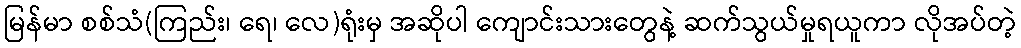
မြန်မာ စစ်သံ(ကြည်း၊ ရေ၊ လေ)ရုံးမှ အဆိုပါ ကျောင်းသားတွေနဲ့ ဆက်သွယ်မှုရယူကာ လိုအပ်တဲ့